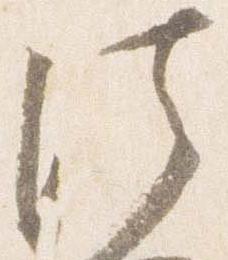
法